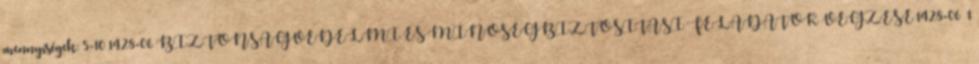
mennyiségek: 5-10 1428-06 BIZTONSÁGVÉDELMI ÉS MINŐSÉGBIZTOSÍTÁSI FELADATOK VÉGZÉSE 1428-06 1